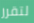
لتقرر